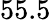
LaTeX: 55.5